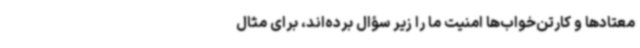
معتادها و کارتن‌خواب‌ها امنیت ما را زیر سؤال برده‌اند، برای مثال